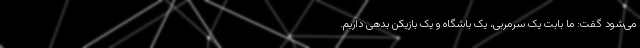
می‌شود گفت: ما بابت یک سرمربی، یک باشگاه و یک بازیکن بدهی داریم.